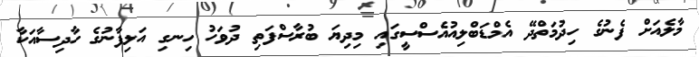
މާލެއަށް ފެނުގެ ހިދުމަތްދޭ އެމްޑަބްލިއުއެސްސީގައި މިދިޔަ ބުރާސްފަތި ދުވަހު ހިނގި އަލިފާނުގެ ހާދިސާއަކާ